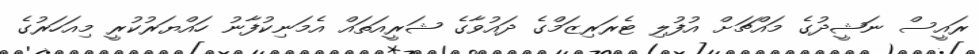
ރައީސް ނަޝީދުގެ މައްޗަށް އުފުލި ޓެރަރިޒަމްގެ ދައުވާގެ ޝަރީއަތައް އެމަނިކުފާނު ހައްޔަރުކުރީ މިއަހަރުގެ